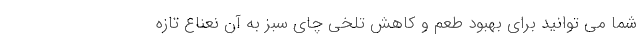
شما می توانید برای بهبود طعم و کاهش تلخی چای سبز به آن نعناع تازه